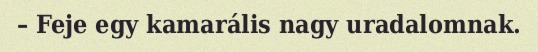
– Feje egy kamarális nagy uradalomnak.